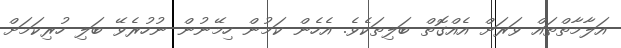
އަލާމާތްތައް ވަރަށް އެއްގޮތް ބަލިތަކެވެ. އެހެން ކަމުން ހިމޭނުން ނުހުރެވޭ ބަލި ހުރިކަމަށް